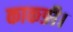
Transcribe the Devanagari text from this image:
काकङी।